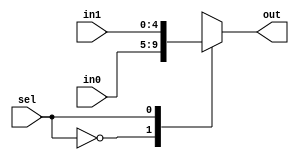
//-----------------------------------------------------
// Design Name : Assignment 3
// Function    : 2:1 Multiplexer for a 5 bit number
// Coder       : Waleed Chaudhry
//-----------------------------------------------------
module mux5bit(in0, in1, sel, out);
	input wire [4:0] in0;
	input wire [4:0] in1;
	input wire sel ;
	output reg [4:0] out;

	always @ (*) begin
		case(sel) 
		    1'b0: out = in0;
		    1'b1: out = in1;
	 	endcase 
	end

endmodule